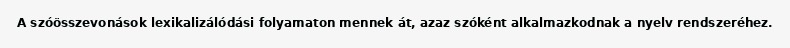
A szóösszevonások lexikalizálódási folyamaton mennek át, azaz szóként alkalmazkodnak a nyelv rendszeréhez.